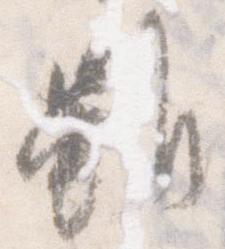
雖